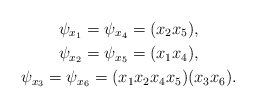
\begin{gather*}\psi_{x_1}=\psi_{x_4}=(x_2x_5),\\\psi_{x_2}=\psi_{x_5}=(x_1x_4),\\\psi_{x_3}=\psi_{x_6}=(x_1x_2x_4x_5)(x_3x_6).\end{gather*}